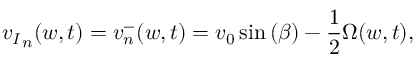
{ v _ { I } } _ { n } ( w , t ) = { v } _ { n } ^ { - } ( w , t ) = v _ { 0 } \sin { ( \beta ) } - \frac { 1 } { 2 } \Omega ( w , t ) ,